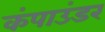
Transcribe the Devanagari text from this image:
कंपाउंडर